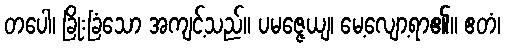
တပေါ၊ ခြိုးခြံသော အကျင့်သည်။ ပမဇ္ဇေယျ၊ မေ့လျော့ရာ၏။ ဧတံ၊